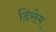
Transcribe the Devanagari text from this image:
दिसेम